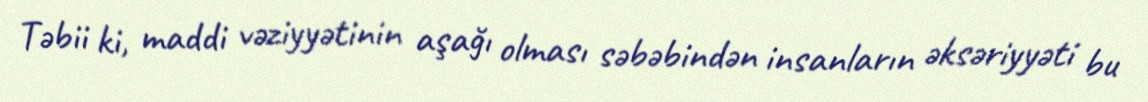
Təbii ki, maddi vəziyyətinin aşağı olması səbəbindən insanların əksəriyyəti bu